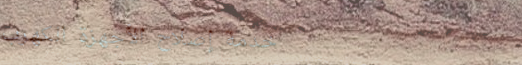
خدمة إصلاح الأجهزة الكهرب